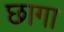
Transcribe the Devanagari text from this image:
छागा